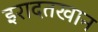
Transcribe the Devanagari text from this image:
इरादतखान